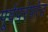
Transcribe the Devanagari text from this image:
पूर्वपरंपरेत